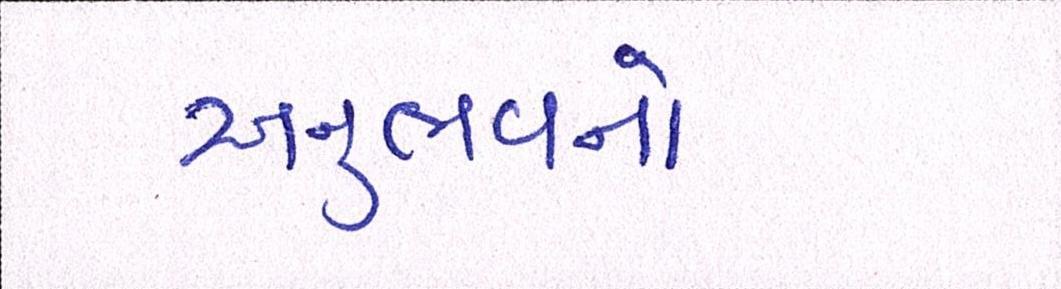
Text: અનુભવનો